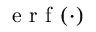
\mathrm { ~ e ~ r ~ f ~ } ( \cdot )